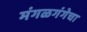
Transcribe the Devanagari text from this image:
मंगळगंगेचा